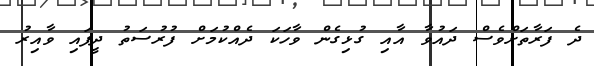
ދެ ފަރާތަށްވެސް ދައުވާ އާއި ގުޅިގެން ވާހަކަ ދެއްކުމަށް ފުރުސަތު ދީފައި ވާއިރު